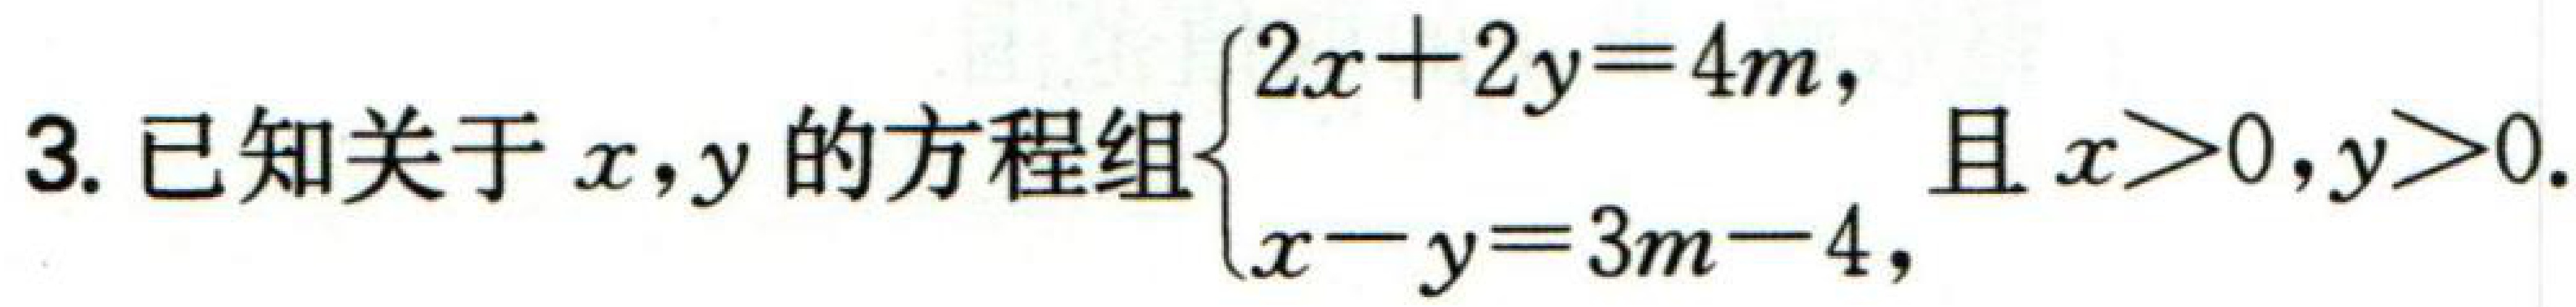
已知关于\(x,y\)的方程组\(\begin{cases}2x + 2y = 4m,\\x - y = 3m - 4,\end{cases}\)且\(x>0,y>0\)